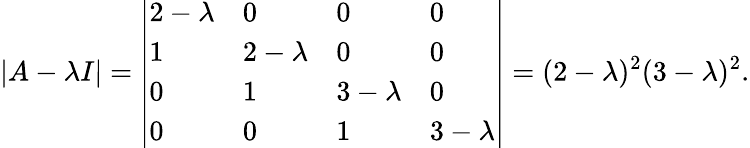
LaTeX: |A-\lambda I|={\left|\begin{array}{llll}{2-\lambda}&{0}&{0}&{0}\\ {1}&{2-\lambda}&{0}&{0}\\ {0}&{1}&{3-\lambda}&{0}\\ {0}&{0}&{1}&{3-\lambda}\end{array}\right|}=(2-\lambda)^{2}(3-\lambda)^{2}.